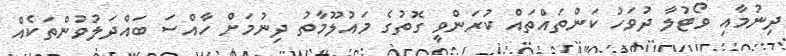
ދިނުމާއި ވޯޓުލާ ދުވަހު ކަންތައްތައް ކުރަންވީ ގޮތުގެ މައުލޫމާތު ދިނުމަށް ހާއްސަ ބައްދަލުވުންތަކެއް